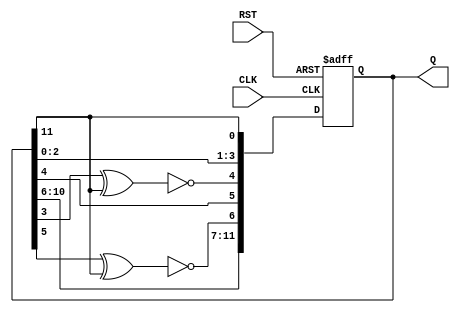
`timescale 1ns / 1ps
//////////////////////////////////////////////////////////////////////////////////
// Company: 
// Engineer: 
// 
// Design Name: 
// Module Name: lfsr_12
// Project Name: 
// Target Devices: 
// Tool Versions: 
// Description: 
// 
// Dependencies: 
// 
// Revision:
// Revision 0.01 - File Created
// Additional Comments:
// 
//////////////////////////////////////////////////////////////////////////////////


module lfsr_12(
    input RST,
    input CLK,
    output reg [11:0] Q = 0
    );
    
    always @ (posedge CLK, posedge RST) begin
        if (RST) begin
            Q <= 0;
        end    
        else begin
            Q <= { Q[10:6], ~(Q[5]^Q[11]), Q[4], ~(Q[3]^Q[11]), Q[2:0], Q[11] };
        end
    end
    
endmodule